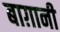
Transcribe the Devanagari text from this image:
बाग़ानी